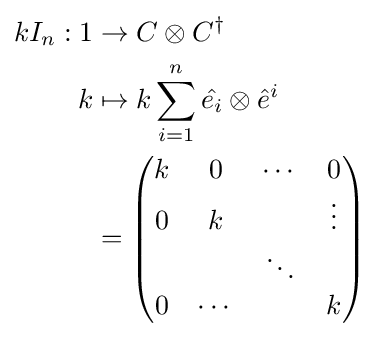
{\begin{aligned}kI_{n}:1&\to C\otimes C^{\dagger }\\k&\mapsto k\sum _{i=1}^{n}{\hat {e_{i}}}\otimes {\hat {e}}^{i}\\&={\begin{pmatrix}k&0&\cdots &0\\0&k&&\vdots \\&&\ddots &\\0&\cdots &&k\end{pmatrix}}\end{aligned}}